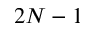
2 N - 1